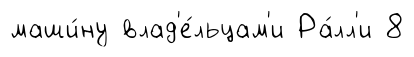
маши́ну влад'е́льцам'и Ра́лл'и 8